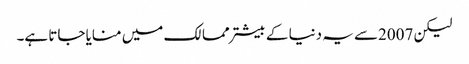
لیکن 2007سے یہ دنیا کے بیشتر ممالک میں منایا جاتا ہے۔